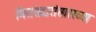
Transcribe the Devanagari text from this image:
मिरासदारांसारख्या